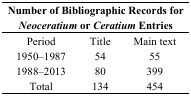
| <COLSPAN=3> Number of Bibliographic Records for Neoceratium or Ceratium Entries |
 | --- | --- | --- |
 | Period | Title | Main text |
 | 1950–1987 | 54 | 55 |
 | 1988–2013 | 80 | 399 |
 | Total | 134 | 454 |